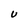
Character: U